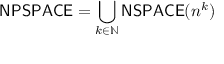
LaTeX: { \mathsf { N P S P A C E } } = \bigcup _ { k \in \mathbb { N } } { \mathsf { N S P A C E } } ( n ^ { k } )